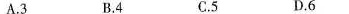
A.3 B.4 C.5 D.6